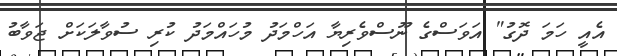
އެއީ ހަމަ ދޮގު" އަވަސްގެ ނޫސްވެރިޔާ އަހްމަދު މުހައްމަދު ކުރި ސުވާލަކަށް ޖަވާބު